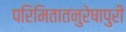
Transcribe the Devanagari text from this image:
परिमितातनुरेषापुरी